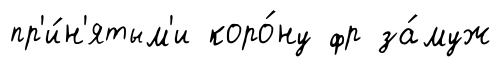
пр'и́н'ятым'и коро́ну фр за́муж